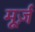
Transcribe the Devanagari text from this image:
मूर्ज़